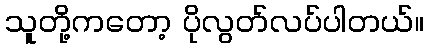
သူတို့ကတော့ ပိုလွတ်လပ်ပါတယ်။